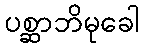
ပစ္ဆာဘိမုခေါ